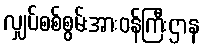
လျှပ်စစ်စွမ်းအားဝန်ကြီးဌာန